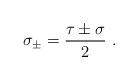
LaTeX: \begin{align*}\sigma_{\pm} = \frac{\tau\pm\sigma}{2}\ .\end{align*}